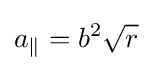
a_{\parallel }=b^{2}{\sqrt {r}}